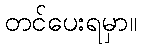
တင်ပေးရမှာ။